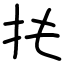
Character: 扥